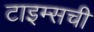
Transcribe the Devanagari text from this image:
टाइम्सची